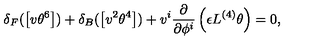
\delta _ { F } ( \left[ v \theta ^ { 6 } \right] ) + \delta _ { B } ( \left[ v ^ { 2 } \theta ^ { 4 } \right] ) + v ^ { i } \frac { \partial } { \partial \phi ^ { i } } \left( \epsilon L ^ { ( 4 ) } \theta \right) = 0 ,